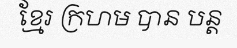
ខ្មែរ ក្រហម បាន បន្ត